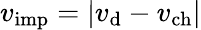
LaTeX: v_{\mathrm{imp}}=|v_{\mathrm{d}}-v_{\mathrm{ch}}|